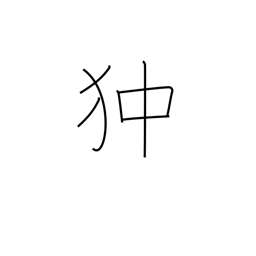
Meaning: Pekinese dog